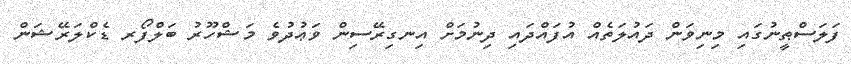
ފަލަސްޠީނުގައި މިނިވަން ދައުލަތެއް އުފައްދައި ދިނުމަށް އިނގިރޭސިން ވަޢުދުވެ މަޝްހޫރު ބަލްފޯރ ޑެކްލަރޭޝަން